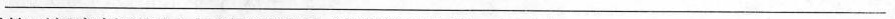
___